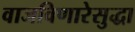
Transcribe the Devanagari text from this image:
वाजविणारेसुद्धा